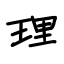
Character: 理